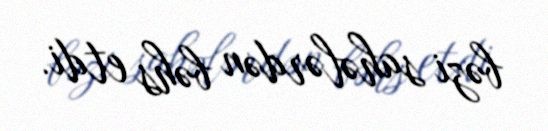
bəzi sahələrdən bəhs etdi.